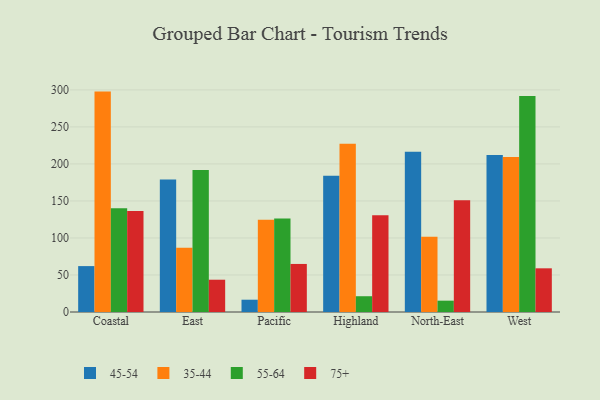
{"axis": {"x": "Region", "y": "Churn Rate (%)"}, "legend": ["35-44", "45-54", "55-64", "75+"], "data": [{"x": "Coastal", "y": 62.0, "type": "45-54"}, {"x": "Coastal", "y": 297.7, "type": "35-44"}, {"x": "Coastal", "y": 140.0, "type": "55-64"}, {"x": "Coastal", "y": 136.3, "type": "75+"}, {"x": "East", "y": 179.0, "type": "45-54"}, {"x": "East", "y": 86.8, "type": "35-44"}, {"x": "East", "y": 191.8, "type": "55-64"}, {"x": "East", "y": 43.6, "type": "75+"}, {"x": "Pacific", "y": 16.6, "type": "45-54"}, {"x": "Pacific", "y": 124.5, "type": "35-44"}, {"x": "Pacific", "y": 126.2, "type": "55-64"}, {"x": "Pacific", "y": 64.9, "type": "75+"}, {"x": "Highland", "y": 184.1, "type": "45-54"}, {"x": "Highland", "y": 227.1, "type": "35-44"}, {"x": "Highland", "y": 21.3, "type": "55-64"}, {"x": "Highland", "y": 130.8, "type": "75+"}, {"x": "North-East", "y": 216.3, "type": "45-54"}, {"x": "North-East", "y": 101.6, "type": "35-44"}, {"x": "North-East", "y": 15.3, "type": "55-64"}, {"x": "North-East", "y": 150.9, "type": "75+"}, {"x": "West", "y": 211.9, "type": "45-54"}, {"x": "West", "y": 209.2, "type": "35-44"}, {"x": "West", "y": 291.9, "type": "55-64"}, {"x": "West", "y": 59.0, "type": "75+"}]}